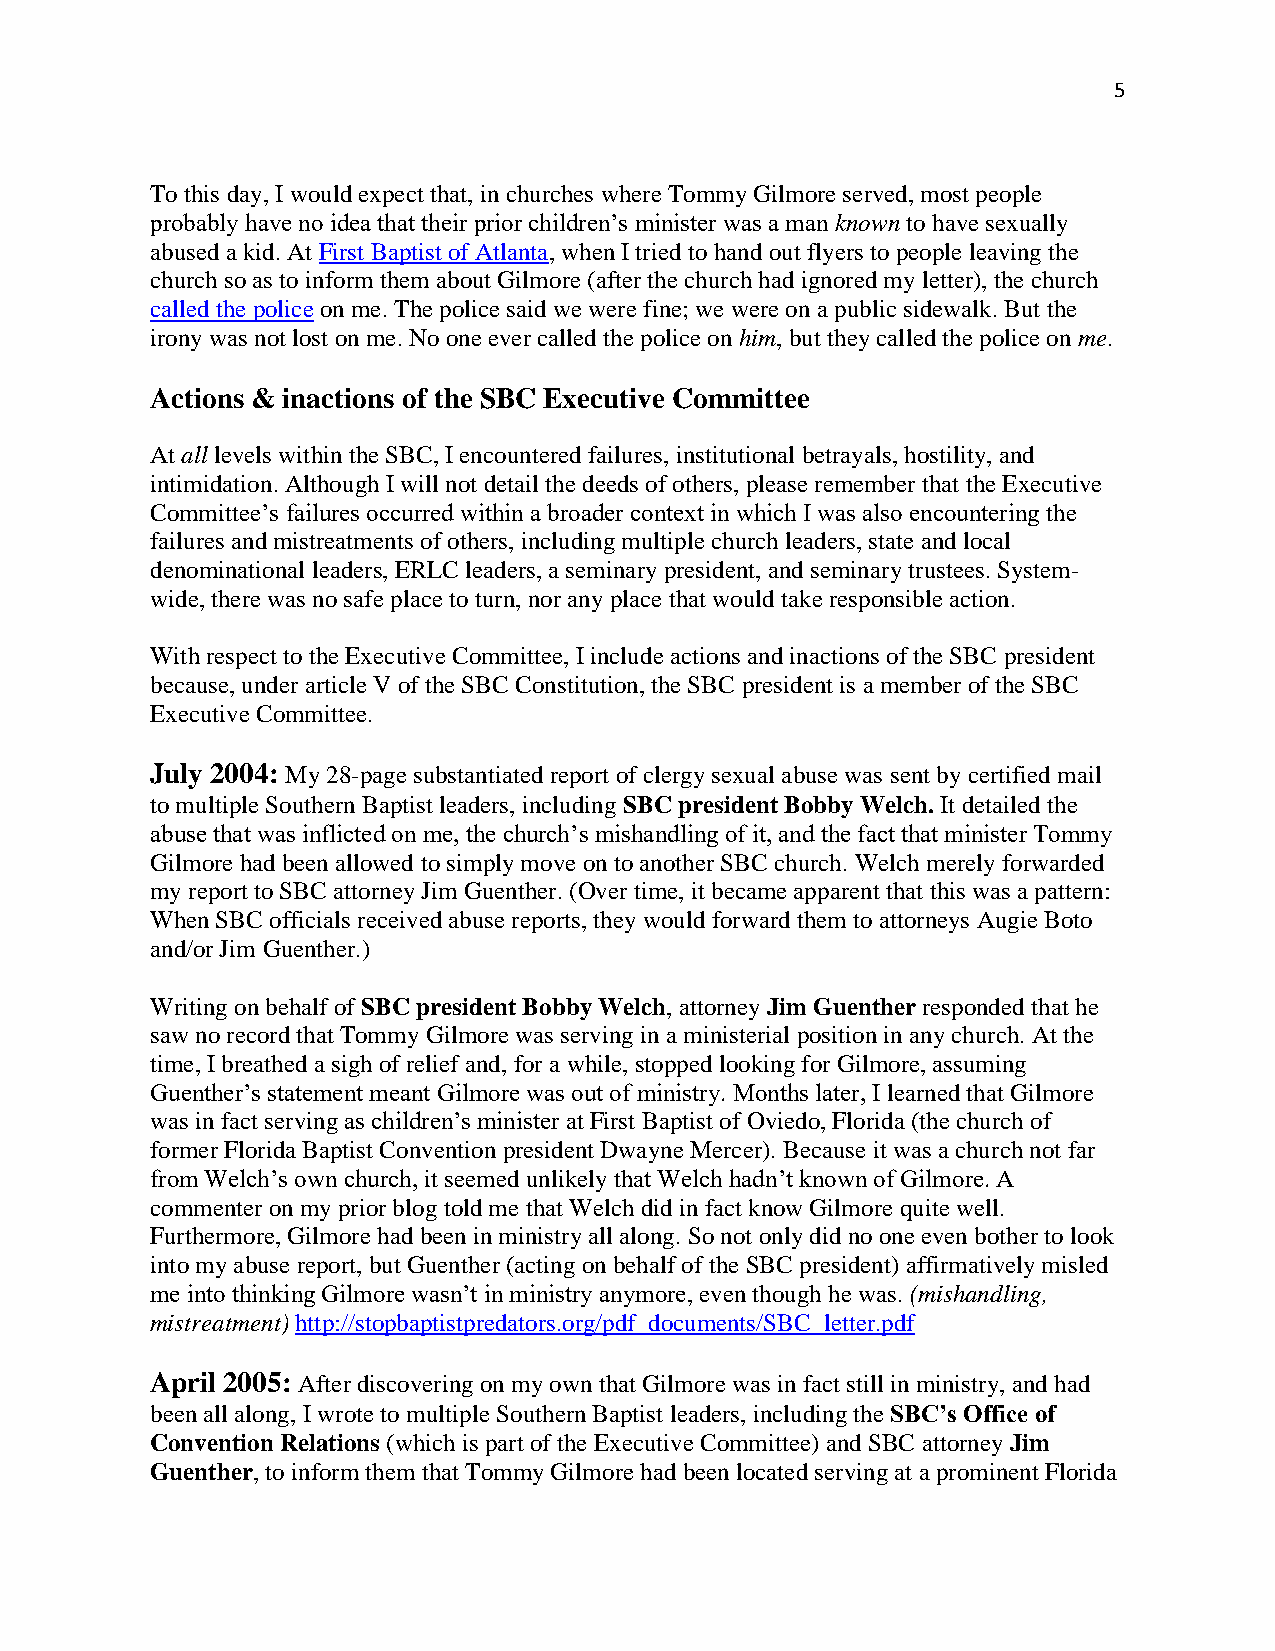
5
 To this day, I would expect that, in churches where Tommy Gilmore served, most people
 probably have no idea that their prior children’s minister was a man known to have sexually
 abused a kid. At First Baptist of Atlanta, when I tried to hand out flyers to people leaving the
 church so as to inform them about Gilmore (after the church had ignored my letter), the church
 called the police on me. The police said we were fine; we were on a public sidewalk. But the
 irony was not lost on me. No one ever called the police on him, but they called the police on me.
 Actions & inactions of the SBC Executive Committee
 At all levels within the SBC, I encountered failures, institutional betrayals, hostility, and
 intimidation. Although I will not detail the deeds of others, please remember that the Executive
 Committee’s failures occurred within a broader context in which I was also encountering the
 failures and mistreatments of others, including multiple church leaders, state and local
 denominational leaders, ERLC leaders, a seminary president, and seminary trustees. System-
 wide, there was no safe place to turn, nor any place that would take responsible action.
 With respect to the Executive Committee, I include actions and inactions of the SBC president
 because, under article V of the SBC Constitution, the SBC president is a member of the SBC
 Executive Committee.
 July 2004: My 28-page substantiated report of clergy sexual abuse was sent by certified mail
 to multiple Southern Baptist leaders, including SBC president Bobby Welch. It detailed the
 abuse that was inflicted on me, the church’s mishandling of it, and the fact that minister Tommy
 Gilmore had been allowed to simply move on to another SBC church. Welch merely forwarded
 my report to SBC attorney Jim Guenther. (Over time, it became apparent that this was a pattern:
 When SBC officials received abuse reports, they would forward them to attorneys Augie Boto
 and/or Jim Guenther.)
 Writing on behalf of SBC president Bobby Welch, attorney Jim Guenther responded that he
 saw no record that Tommy Gilmore was serving in a ministerial position in any church. At the
 time, I breathed a sigh of relief and, for a while, stopped looking for Gilmore, assuming
 Guenther’s statement meant Gilmore was out of ministry. Months later, I learned that Gilmore
 was in fact serving as children’s minister at First Baptist of Oviedo, Florida (the church of
 former Florida Baptist Convention president Dwayne Mercer). Because it was a church not far
 from Welch’s own church, it seemed unlikely that Welch hadn’t known of Gilmore. A
 commenter on my prior blog told me that Welch did in fact know Gilmore quite well.
 Furthermore, Gilmore had been in ministry all along. So not only did no one even bother to look
 into my abuse report, but Guenther (acting on behalf of the SBC president) affirmatively misled
 me into thinking Gilmore wasn’t in ministry anymore, even though he was. (mishandling,
 mistreatment) http://stopbaptistpredators.org/pdf_documents/SBC_letter.pdf
 April 2005: After discovering on my own that Gilmore was in fact still in ministry, and had
 been all along, I wrote to multiple Southern Baptist leaders, including the SBC’s Office of
 Convention Relations (which is part of the Executive Committee) and SBC attorney Jim
 Guenther, to inform them that Tommy Gilmore had been located serving at a prominent Florida